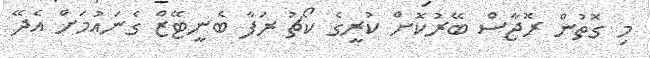
މި ގޮތުން ރޮޖާސް ބޭރުކޮށް ކުރީގެ ކޯޗު ރަފާ ބެނީޓޭޒް ގެނައުމަށް އެދޭ